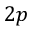
2 p